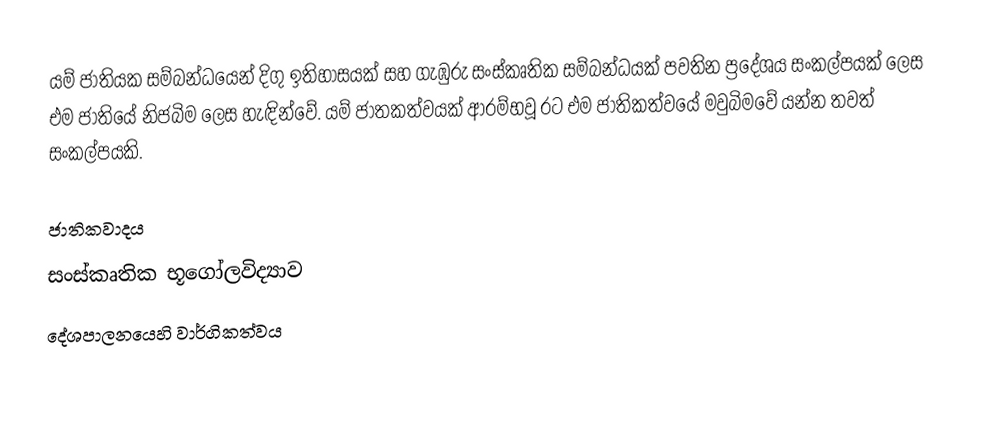
යම් ජාතියක සම්බන්ධයෙන් දිගු ඉතිහාසයක් සහ ගැ﻿ඹුරු සංස්කෘතික සම්බන්ධයක් පවතින ප්‍රදේශය සංකල්පයක් ලෙස  එම ජාතියේ නිජබිම ලෙස හැඳින්වේ. යම් ජාතකත්වයක් ආරම්භවූ රට එම ජාතිකත්වයේ මවුබිමවේ යන්න තවත් සංකල්පයකි.

ජාතිකවාදය
සංස්කෘතික භූගෝලවිද්‍යාව
දේශපාලනයෙහි වාර්ගිකත්වය